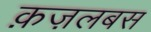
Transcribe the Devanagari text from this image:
क़ज़लबस